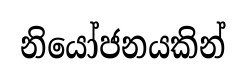
නියෝජනයකින්